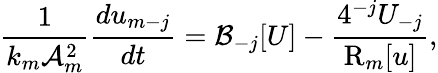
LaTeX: \frac{1}{k_{m}\mathcal{A}_{m}^{2}}\frac{du_{m-j}}{dt}=\mathcal{B}_{-j}[U]-\frac{4^{-j}U_{-j}}{\mathrm{R}_{m}[u]},